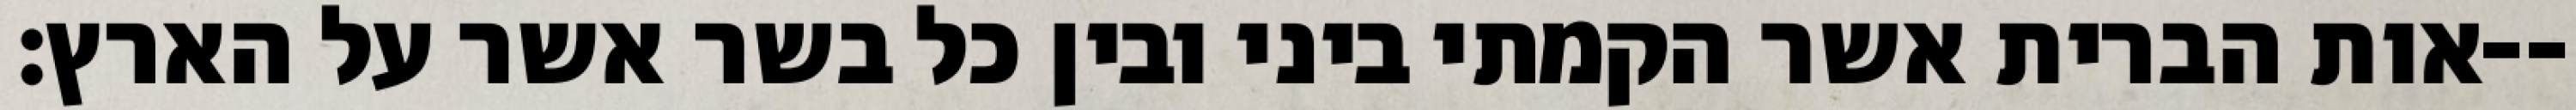
אות הברית אשר הקמתי ביני ובין כל בשר אשר על הארץ׃--